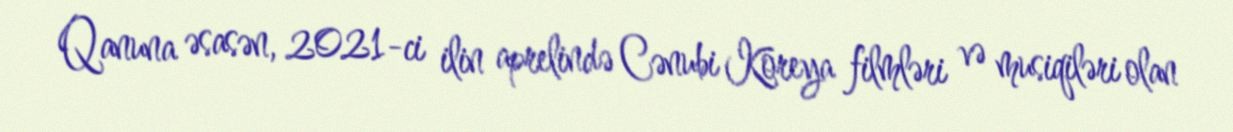
Qanuna əsasən, 2021-ci ilin aprelində Cənubi Koreya filmləri və musiqiləri olan